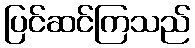
ပြင်ဆင်ကြသည်